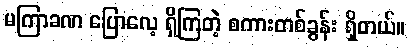
မကြာခဏ ပြောလေ့ ရှိကြတဲ့ စကားတစ်ခွန်း ရှိတယ်။